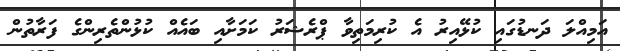
އަމިއްލަ ދަނޑުގައި ކުޅޭއިރު އެ ކުރިމަތިވާ ޕްރެޝަރު ކަމަށާއި ބައެއް ކުޅުންތެރިންގެ ފަރާތުން